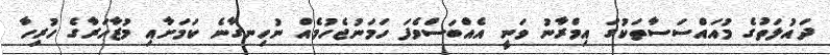
ދައުލަތުގެ މުއައްސަސާތަކުގަ އިމްރާނު ވަނީ އެއްބަސްވެފަ ހަމަނުޖެހުމެއް ނުހިނގާނެ ކަމަށާއި މުޒާހަރާގެ ހުރިހާ